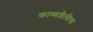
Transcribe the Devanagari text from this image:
काव्यशैलीचा